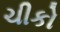
ચીકો